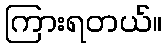
ကြားရတယ်။